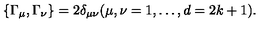
\{ \Gamma _ { \mu } , \Gamma _ { \nu } \} = 2 \delta _ { \mu \nu } ( \mu , \nu = 1 , \ldots , d = 2 k + 1 ) .